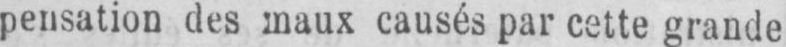
pensation des maux causés par cette grande